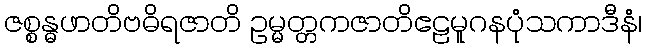
ဇစ္စန္ဓဖာတိဗဓိရဇာတိ ဥမ္မတ္တကဇာတိဧဠမူဂနပုံသကာဒီနံ၊